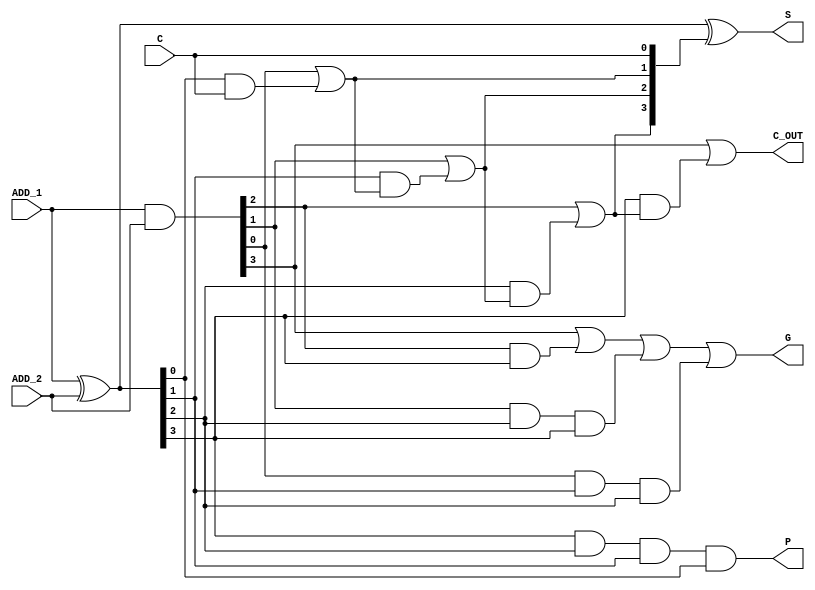
module four_bit_adder (
  input [3:0] ADD_1,  // Operand 1
  input [3:0] ADD_2,  // Operand 2
  output [3:0] S, // Result
  output G, //generate
  input C,            // Carry In
  output C_OUT, // Carry out
  output P //propagate

);

wire [3:0]Prop;
wire [3:0]Gen;
wire [3:0]Ci;

assign Gen = ADD_1 & ADD_2;
assign Prop = ADD_1 ^ ADD_2;
assign Ci[0] = C;
assign Ci[1]= Gen[0]|(Prop[0]&Ci[0]);
assign Ci[2] = Gen[1]|(Prop[1]&Ci[1]);
assign Ci[3] = Gen[2]|(Prop[2]&Ci[2]);
assign C_OUT = Gen[3]|(Prop[3]&Ci[3]);

assign S = Prop^Ci;

assign P = Prop[3] & Prop[2] & Prop[1] & Prop[0];
assign G = Gen[3] | (Gen[2] & Prop[3]) | (Gen[1] & Prop[2] & Prop[3]) | (Gen[0] & Prop[1] & Prop[2]);

endmodule